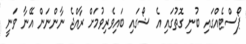
ޕޯސްޓެއްގައި ބުނި ގޮތުގައި އެ ޝޯގައި ބައިވެރިވުމަށް ރާއްޖެ ނާންނަން އޭނާ ވަނީ